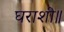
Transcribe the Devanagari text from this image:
घराशी॥